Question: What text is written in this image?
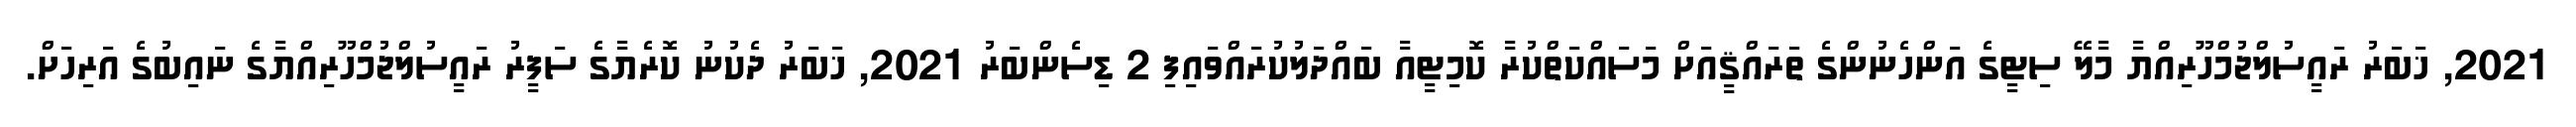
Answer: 2021, ޚަބަރު ރައީސުލްޖުމްހޫރިއްޔާ މާލޭ ސިޓީގެ އަންހެނުންގެ ތަރައްޤީއަށް މަސައްކަތްކުރާ ކޮމިޓީއާ ބައްދަލުކުރައްވައިފި 2 ޑިސެންބަރު 2021, ޚަބަރު ދެކުނު ކޮރެޔާގެ ސަފީރު ރައީސުލްޖުމްހޫރިއްޔާގެ ނައިބުގެ އަރިހަށް.